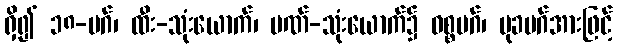
ရှိ၍ ၁၈-မဂ်၊ ထီး-သုံးယောက်၊ ပဏ်-သုံးယောက်၌ ဝစ္စမဂ်၊ မုခမဂ်အားဖြင့်